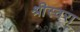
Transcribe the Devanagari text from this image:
श्रीस्वरा